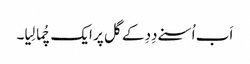
اَب اُسنے دِدِ کے گل پر ایک چُما لِیا۔